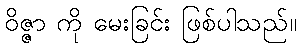
ဝိဇ္ဇာ ကို မေးခြင်း ဖြစ်ပါသည်။